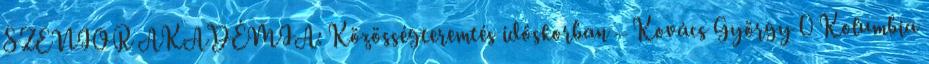
SZENIOR AKADÉMIA: Közösségteremtés időskorban – Kovács György 0 Kolumbia